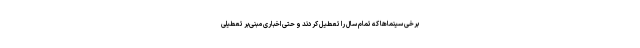
برخی سینماها که تمام سال را تعطیل کردند و حتی اخباری مبنی‌بر تعطیلی